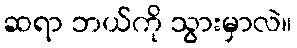
ဆရာ ဘယ်ကို သွားမှာလဲ။